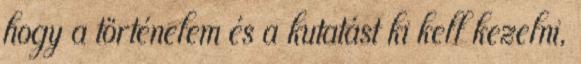
hogy a történelem és a kutatást ki kell kezelni,